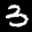
Label: 3